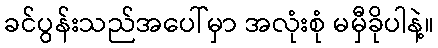
ခင်ပွန်းသည်အပေါ်မှာ အလုံးစုံ မမှီခိုပါနဲ့။